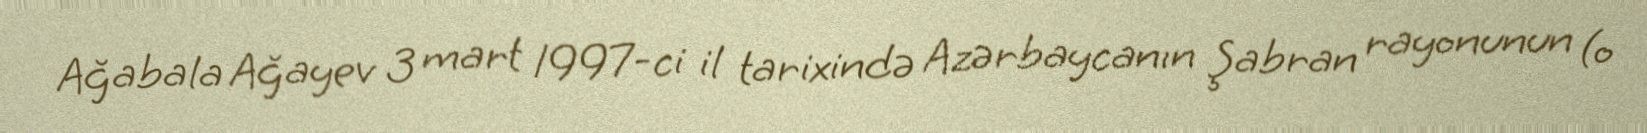
Ağabala Ağayev 3 mart 1997-ci il tarixində Azərbaycanın Şabran rayonunun (o